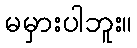
မမှားပါဘူး။